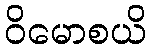
ဝိမောစယိ